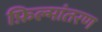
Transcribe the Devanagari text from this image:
फ़िल्मांतरण